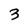
Character: 3